Investigations on Bengal jail dietaries - Number 37
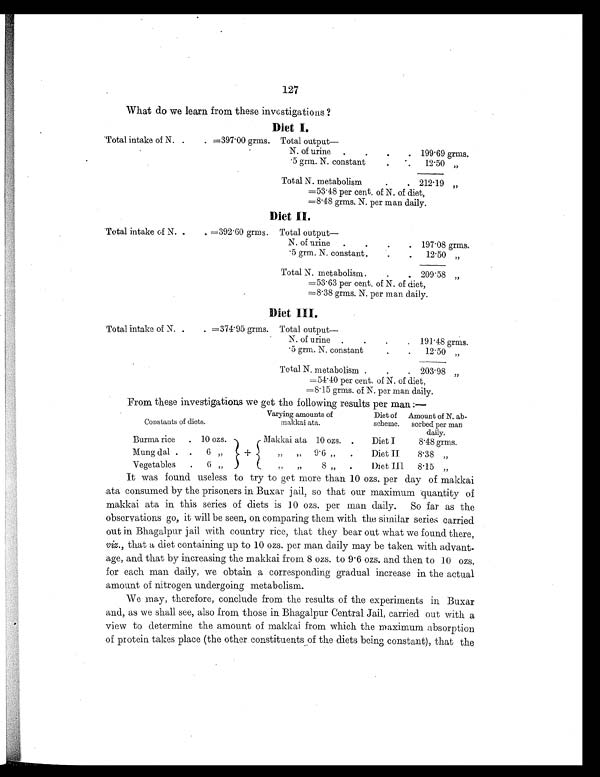
127
What do we learn from these investigations ?
Diet I.
Total intake of N. .
. =397.00 grms. Total output—
N. of urine .
.
.
. 199.69 grms.
.5 grm. N. constant
.
. 12.50 „
Total N. metabolism
.
. 212.19 „
=53.48 per cent. of N. of diet,
=8.48 grms. N. per man daily.
Diet II.
Total intake of N. .
. =392.60 grms. Total output—
N. of urine .
.
.
. 197.08 grms.
.5 grm. N. constant . .
. 12.50
„
Total N. metabolism
. .
.
2 0 9 . 5 8
„
=53.63 per cent. of N. of diet,
=8.38 grms. N. per man daily.
Diet III.
Total intake of N. .
. =374.95 grms. Total output—
N. of urine .
.
.
. 191.48 grms.
.5 grm. N. constant
.
. 12.50 „
Total N. metabolism .
. . 203.98
„
=54.40 per cent. of N. of diet,
=8.15 grms. of N. per man daily.
From these investigations we get the following results per man:—
Constants of diets.
Varying amounts of
makkai ata.
Diet of
scheme.
Amount of N. ab-
sorbed per man
daily.
Burma rice . 10 ozs. +
Makkai ata 10 ozs. .
Diet I
8.48 grms.
Mung dal . .
6 „ „ „ 9.6 „
.
Diet II
8.38 „
Vegetables . 6 „
„ „
8
„
.
Diet III 8.15 „
It was found useless to try to get more than 10 ozs. per day of makkai
ata consumed by the prisoners in Buxar jail, so that our maximum quantity of
makkai ata in this series of diets is 10 ozs. per man daily. So far as the
observations go, it will be seen, on comparing them with the similar series carried
out in Bhagalpur jail with country rice, that they bear out what we found there,
viz., that a diet containing up to 10 ozs. per man daily may be taken with advant-
age, and that by increasing the makkai from 8 ozs. to 9.6 ozs. and then to 10 ozs.
for each man daily, we obtain a corresponding gradual increase in the actual
amount of nitrogen undergoing metabolism.
We may, therefore, conclude from the results of the experiments in Buxar
and, as we shall see, also from those in Bhagalpur Central Jail, carried out with a
view to determine the amount of makkai from which the maximum absorption
of protein takes place (the other constituents of the diets being constant), that the